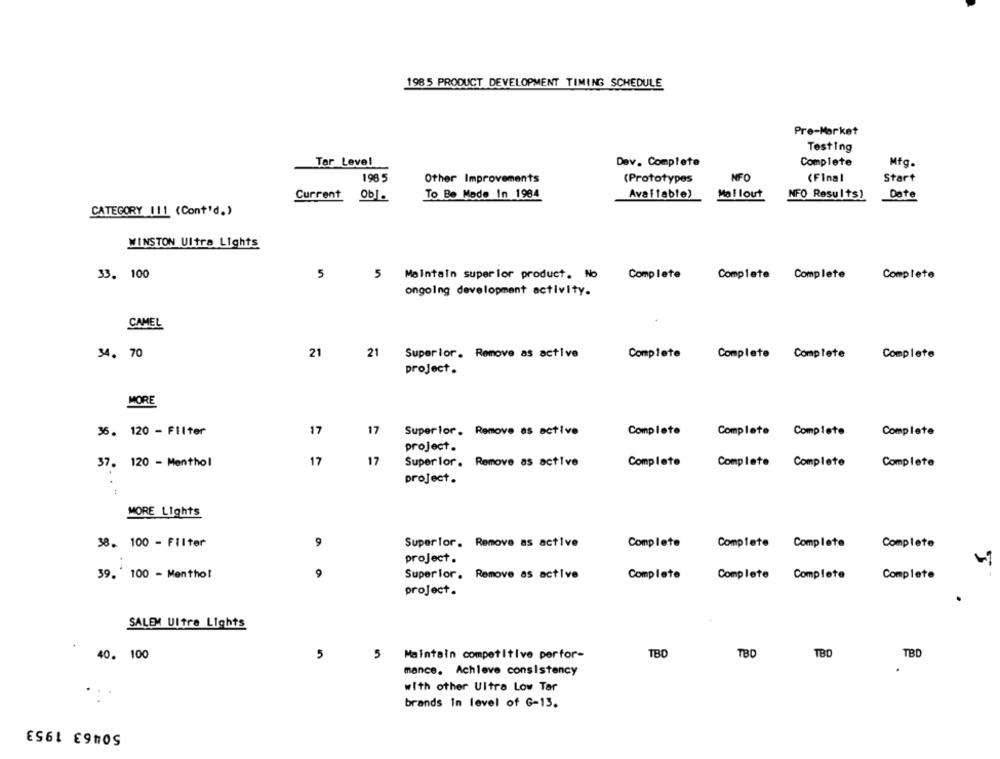
198 5 PRODUCT DEVELOPMENT TIMING SCHEDULE
Pre-Market
Testing
Tar Level
Dev. Complete
Complete
Mfg.
198 5
Other Improvements
(Prototypes
NFO
(Final
Start
Current
To Be Made In 1984
Available)
Mallout
NFO Results)
Date
CATEGORY 111 (Cont'd.)
WINSTON Ultra Lights
5
33. 100
Maintain superior product. No
Complete
Complete Complete
Complete
ongoing development activity.
CAMEL
34. 70
21
21
Superior. Remove as active
Complete
Complete Complete
Complete
project .
MORE
36. 120 - Filter
17
17
Superlor. Remove as active
Complete
Complete Complete
Complete
project .
37. 120 - Menthol
17
17
Superlor. Remove as active
Complete
Complete Complete
Complete
project .
MORE Lights
38. 100 - Filter
9
Superior. Remove as active
Complete
Complete Complete
Complete
project.
39. 100 - Menthol
9
Superior. Remove as active
Complete
Complete Complete
Complete
project.
SALEM Ultra Lights
TBD
TBD
TBD
40. 100
5
5
Maintain competitive perfor-
TBD
mance. Achleve consistency
with other Ultra Low Tar
brands In level of G-13.